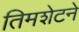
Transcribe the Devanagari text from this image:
तिमशेटने